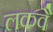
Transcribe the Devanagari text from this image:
लकवै